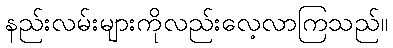
နည်းလမ်းများကိုလည်းလေ့လာကြသည်။